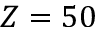
Z = 5 0